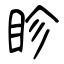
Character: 眕